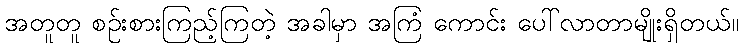
အတူတူ စဉ်းစားကြည့်ကြတဲ့ အခါမှာ အကြံ ကောင်း ပေါ်လာတာမျိုးရှိတယ်။